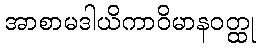
အာစာမဒါယိကာဝိမာနဝတ္ထု